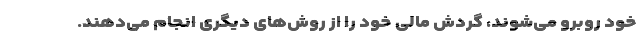
خود روبرو می‌شوند، گردش مالی خود را از روش‌های دیگری انجام می‌دهند.